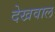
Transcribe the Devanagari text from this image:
देखवाल